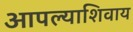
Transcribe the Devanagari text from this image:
आपल्याशिवाय